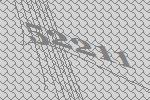
52211